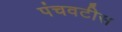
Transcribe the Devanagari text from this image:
पंचवटीस